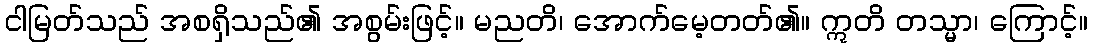
ငါမြတ်သည် အစရှိသည်၏ အစွမ်းဖြင့်။ မညတိ၊ အောက်မေ့တတ်၏။ ဣတိ တသ္မာ၊ ကြောင့်။